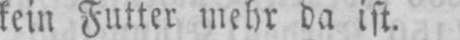
kein Futter mehr da ist.